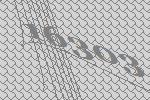
16303